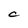
Character: c